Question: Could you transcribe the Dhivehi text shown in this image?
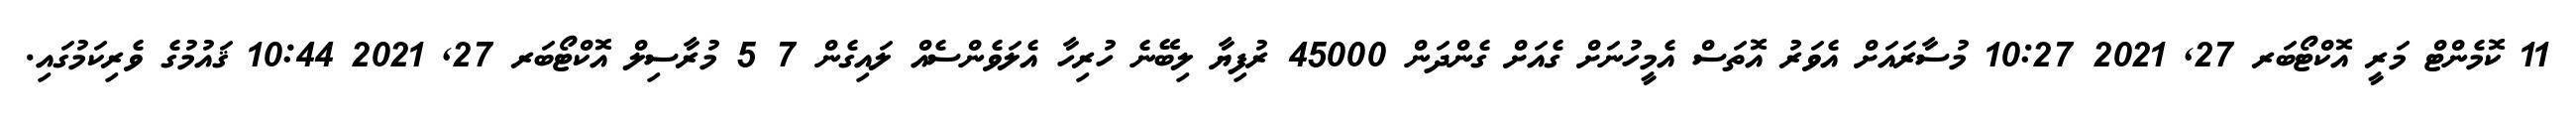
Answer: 11 ކޮމެންޓް މަރީ އޮކްޓޯބަރ 27, 2021 10:27 މުސާރައަށް އެވަރު އޮތަސް އެމީހުނަށް ގެއަށް ގެންދަން 45000 ރުފިޔާ ލިބޭނެ ހުރިހާ އެލަވެންސެއް ލައިގެން 7 5 މުރާސިލް އޮކްޓޯބަރ 27, 2021 10:44 ޤައުމުގެ ވެރިކަމުގައި.